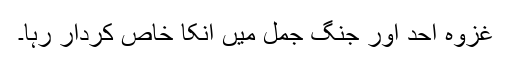
غزوہ احد اور جنگ جمل میں انکا خاص کردار رہا۔